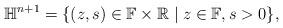
LaTeX: \begin{align*}\mathbb{H}^{n+1} = \{ (z,s) \in \mathbb F \times \mathbb R \mid z\in \mathbb{F}, s > 0 \},\end{align*}